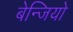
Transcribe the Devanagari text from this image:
बेन्जियो